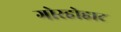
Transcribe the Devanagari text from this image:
गोरहोहाट